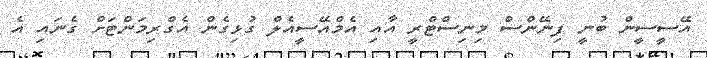
އޭސީސީން ބުނީ ފިނޭންސް މިނިސްޓްރީ އާއި އެމްއޭސީއެލް ގުޅިގެން އެގްރިމަންޓަށް ގެނައި އެ